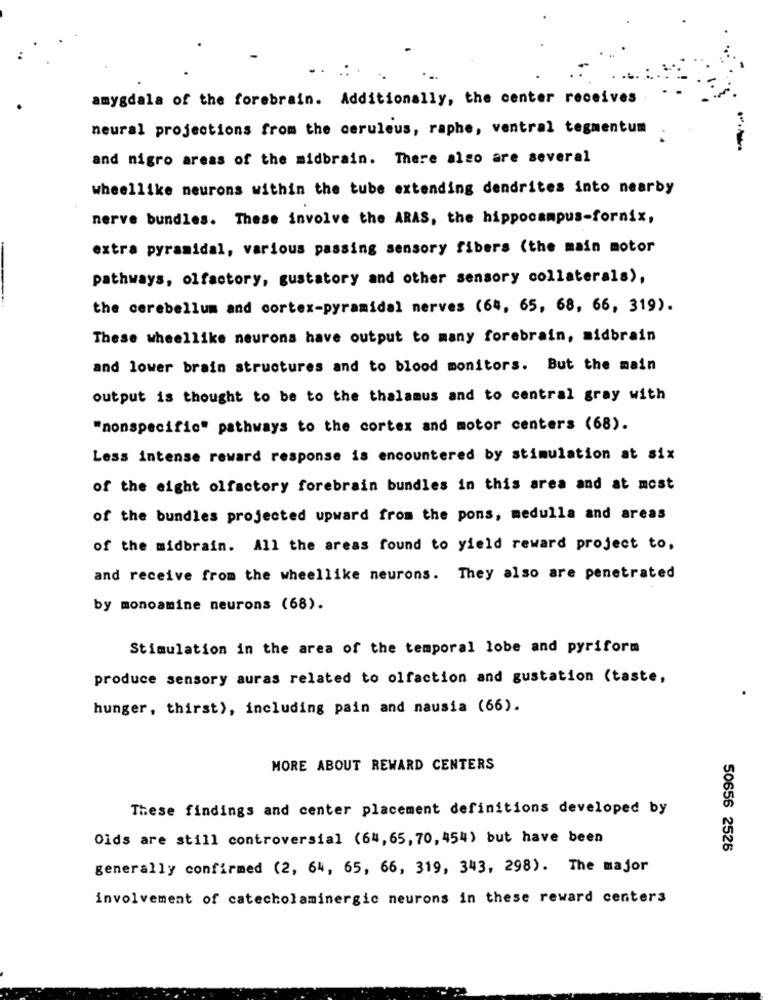
amygdala of the forebrain. Additionally, the center receives
neural projections from the ceruleus, raphe, ventral tegmentum
and nigro areas of the midbrain. There also are several
wheellike neurons within the tube extending dendrites into nearby
nerve bundles. These involve the ARAS, the hippocampus-fornix,
extra pyramidal, various passing sensory fibers (the main motor
pathways, olfactory, gustatory and other sensory collaterals),
the cerebellum and cortex-pyramidal nerves (64, 65, 68, 66, 319).
These wheellike neurons have output to many forebrain, midbrain
and lower brain structures and to blood monitors. But the main
output is thought to be to the thalamus and to central gray with
"nonspecific" pathways to the cortex and motor centers (68).
Less intense reward response is encountered by stimulation at six
of the eight olfactory forebrain bundles in this area and at most
of the bundles projected upward from the pons, medulla and areas
of the midbrain. All the areas found to yield reward project to,
and receive from the wheellike neurons. They also are penetrated
by monoamine neurons (68).
Stimulation in the area of the temporal lobe and pyriform
produce sensory auras related to olfaction and gustation (taste,
hunger, thirst), including pain and nausia (66).
MORE ABOUT REWARD CENTERS
These findings and center placement definitions developed by
Olds are still controversial (64,65,70, 454) but have been
50656 2525
generally confirmed (2, 64, 65, 66, 319, 343, 298). The major
involvement of catecholaminergic neurons in these reward centers